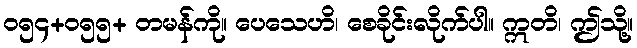
၀၅၄+၀၅၅+ တမန်ကို။ ပေသေဟိ၊ စေခိုင်းလိုက်ပါ။ ဣတိ၊ ဤသို့။